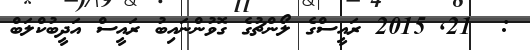
:  21